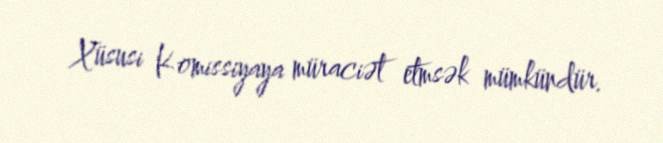
Xüsusi Komissiyaya müraciət etmsək mümkündür.